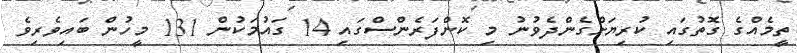
ތީމެއްގެ ގޮތުގައި ކުރިޔަށްގެންދެވުނު މި ކޮންފަރެންސްގައި 14 ގައުމަކުން 131 މީހުން ބައިވެރިވެ